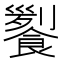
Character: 𩝖